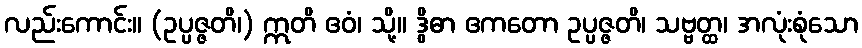
လည်းကောင်း။ (ဥပ္ပဇ္ဇတိ၊) ဣတိ ဧဝံ၊ သို့။ ဒွိဓာ ဧကတော ဥပ္ပဇ္ဇတိ၊ သဗ္ဗတ္ထ၊ အလုံးစုံသော